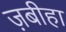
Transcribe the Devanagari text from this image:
ज़बीहा